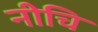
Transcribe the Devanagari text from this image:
नीचि